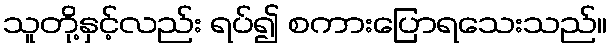
သူတို့နှင့်လည်း ရပ်၍ စကားပြောရသေးသည်။